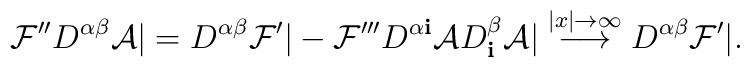
{\cal F}'' D^{\alpha\beta} {\cal A} | = D^{\alpha\beta} {\cal   F}' | -  {\cal F}''' D^{\alpha {\mathbf i}} {\cal A} D^\beta_{\mathbf i} {\cal A} | \stackrel{|x|\to\infty}{\longrightarrow}  D^{\alpha\beta} {\cal   F}' |.